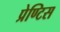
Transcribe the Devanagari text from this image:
प्रेण्टिस